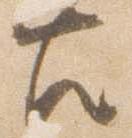
左